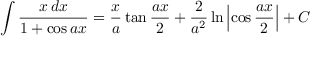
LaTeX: \int { \frac { x \, d x } { 1 + \cos a x } } = { \frac { x } { a } } \tan { \frac { a x } { 2 } } + { \frac { 2 } { a ^ { 2 } } } \ln \left| \cos { \frac { a x } { 2 } } \right| + C